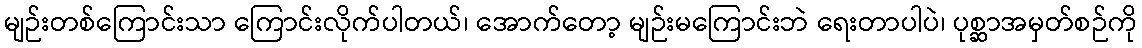
မျဉ်းတစ်ကြောင်းသာ ကြောင်းလိုက်ပါတယ်၊ အောက်တော့ မျဉ်းမကြောင်းဘဲ ရေးတာပါပဲ၊ ပုစ္ဆာအမှတ်စဉ်ကို